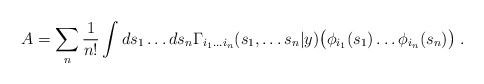
\begin{align*}A=\sum _{n}\frac{1}{n!}\int ds_{1}\ldots ds_{n}\Gamma _{i_{1}\ldots i_{n}}(s_{1},\ldots s_{n}|y)\bigl (\phi _{i_{1}}(s_{1})\ldots \phi _{i_{n}}(s_{n})\bigl )\; .\end{align*}